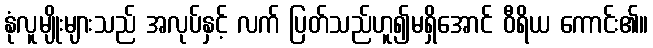
နုံလူမျိုးများသည် အလုပ်နှင့် လက် ပြတ်သည်ဟူ၍မရှိအောင် ဝီရိယ ကောင်း၏။